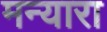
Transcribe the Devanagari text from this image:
मन्यारा